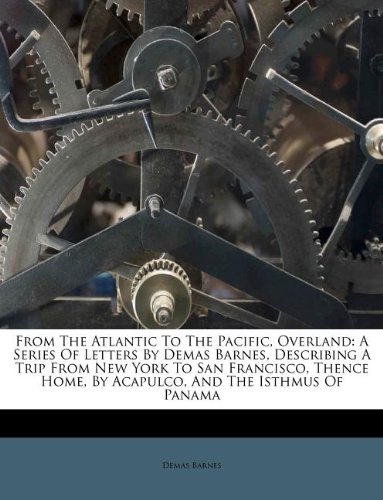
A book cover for From The Atlantic To The Pacific, Overland: A Series Of Letters By Demas Barnes, Describing A Trip From New York To San Francisco, Thence Home, By Acapulco, And The Isthmus Of Panama; Demas Barnes; Travel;